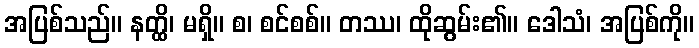
အပြစ်သည်။ နတ္ထိ၊ မရှိ။ စ၊ စင်စစ်။ တဿ၊ ထိုဆွမ်း၏။ ဒေါသံ၊ အပြစ်ကို။